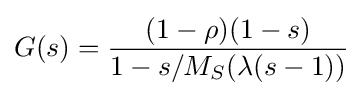
G(s)={\frac {(1-\rho )(1-s)}{1-s/M_{S}(\lambda (s-1))}}